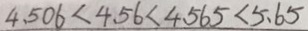
4 . 5 0 6 < 4 . 5 6 < 4 . 5 6 5 < 5 . 6 5